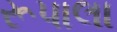
રૂપાલા